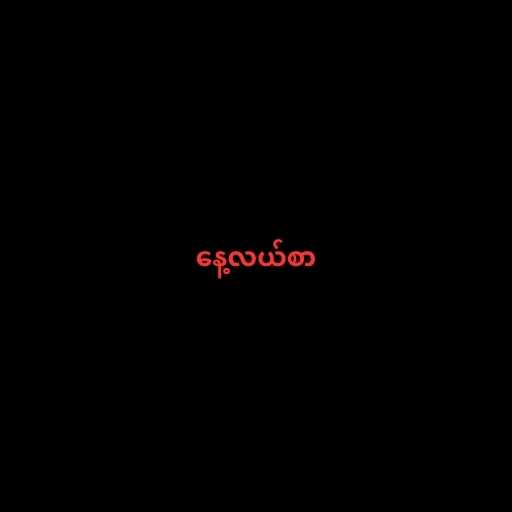
နေ့လယ်စာ